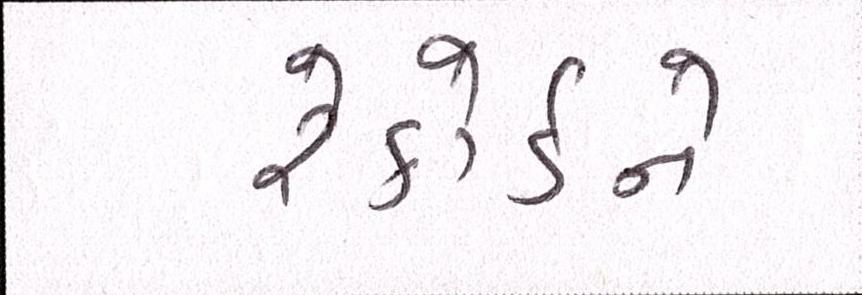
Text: રેકોર્ડને